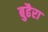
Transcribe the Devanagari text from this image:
बुढैरा